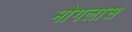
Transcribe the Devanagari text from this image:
मोगलास